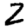
Digit: 2